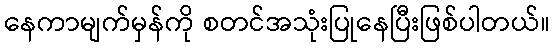
နေကာမျက်မှန်ကို စတင်အသုံးပြုနေပြီးဖြစ်ပါတယ်။